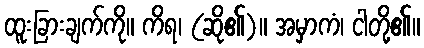
ထူးခြားချက်ကို။ ကိရ၊ (ဆို၏)။ အမှာကံ၊ ငါတို့၏။